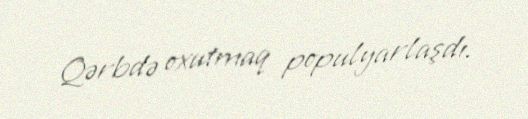
Qərbdə oxutmaq populyarlaşdı.